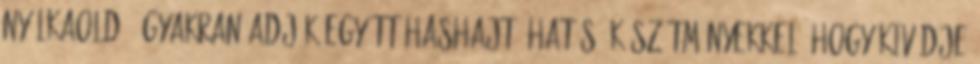
nyálkaoldó. Gyakran adják együtt hashajtó hatású készítményekkel, hogy kivédje